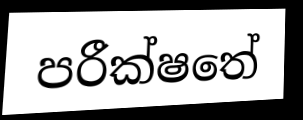
පරීක්ෂතේ